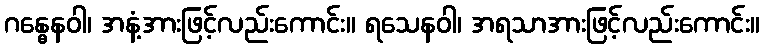
ဂန္ဓေနဝါ၊ အနံ့အားဖြင့်လည်းကောင်း။ ရသေနဝါ၊ အရသာအားဖြင့်လည်းကောင်း။